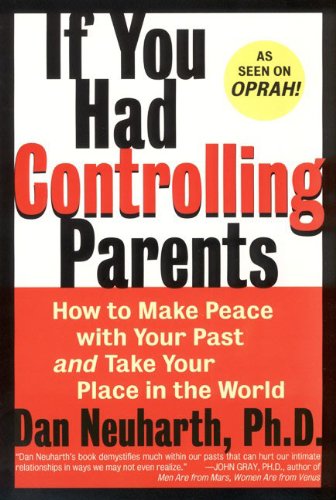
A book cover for If You Had Controlling Parents: How to Make Peace with Your Past and Take Your Place in the World; Dan Neuharth; Parenting & Relationships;